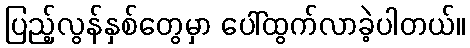
ပြည့်လွန်နှစ်တွေမှာ ပေါ်ထွက်လာခဲ့ပါတယ်။